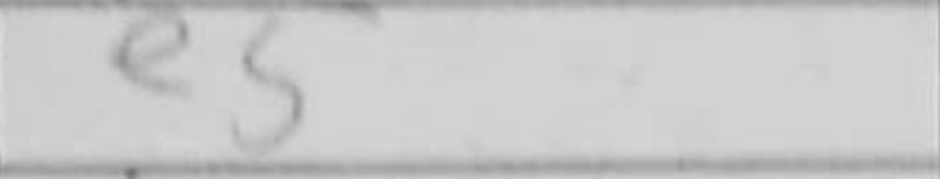
Transcription: e5